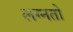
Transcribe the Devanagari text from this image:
लग्नतो